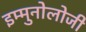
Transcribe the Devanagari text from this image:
इम्मुनोलोजी